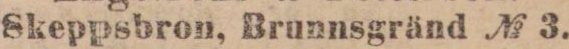
Skeppsbron, Brunnsgränd № 3.